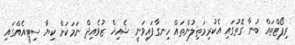
ރިޕޯޓްތައް ބުނާ ގޮތުގައި އެކުރިމަތިލުންތައް ހިނގާފައިވަނީ ޝެއިޚް ޒުވެއިދް ނަމަކަށް ކިޔާ ސިޓީއެއްގައި